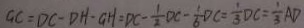
G C = D C - D H \cdot G H = D C - \frac { 1 } { 2 } D C - \frac { 1 } { 6 } D C = \frac { 1 } { 3 } D C = \frac { 1 } { 3 } A D